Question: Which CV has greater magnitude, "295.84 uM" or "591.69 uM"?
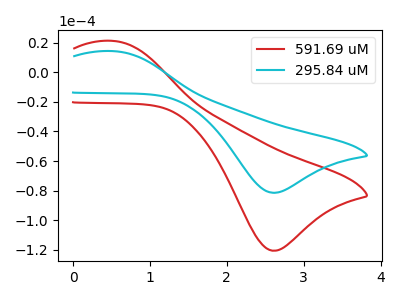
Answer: <think>The red curve "591.69 uM" has an anodic peak at (0.50V, 21.25uA) and a cathodic peak at (2.60V, -120.70uA). The cyan curve "295.84 uM" has an anodic peak at (0.50V, 14.35uA) and a cathodic peak at (2.60V, -81.50uA).
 All the peaks in "295.84 uM" have a peak in "591.69 uM" at the same potential. Every peak in "295.84 uM" is lower than every peak in "591.69 uM".</think>
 <answer>"295.84 uM" has less signal than "591.69 uM".</answer>
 <eval>less_signal</eval>